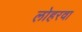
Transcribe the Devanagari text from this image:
लोहरवा